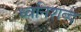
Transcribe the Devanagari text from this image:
ध्वनिशब्द